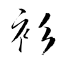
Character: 衫